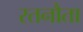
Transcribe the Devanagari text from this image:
रतनौता